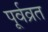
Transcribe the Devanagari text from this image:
पूर्वव्रत